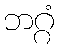
ဘဂ္ဂံ